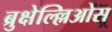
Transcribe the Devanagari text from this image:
ब्रुक्षेल्ल्लिओस